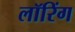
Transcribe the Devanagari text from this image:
लॉरिंग